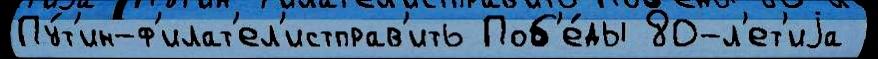
Пу́т'ин-ф'илат'ел'истправ'ить Поб'е́ды 80-л'ет'иjа